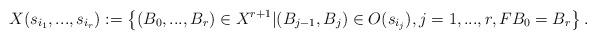
LaTeX: \begin{align*}X(s_{i_1},...,s_{i_r}):= \left\{(B_0,...,B_r)\in X^{r+1}|(B_{j-1}, B_j)\in O(s_{i_j}), j=1,...,r, FB_0=B_r\right\}.\end{align*}